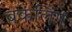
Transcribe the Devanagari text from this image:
बकलिंग